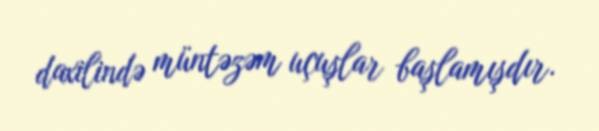
daxilində müntəzəm uçuşlar başlamışdır.